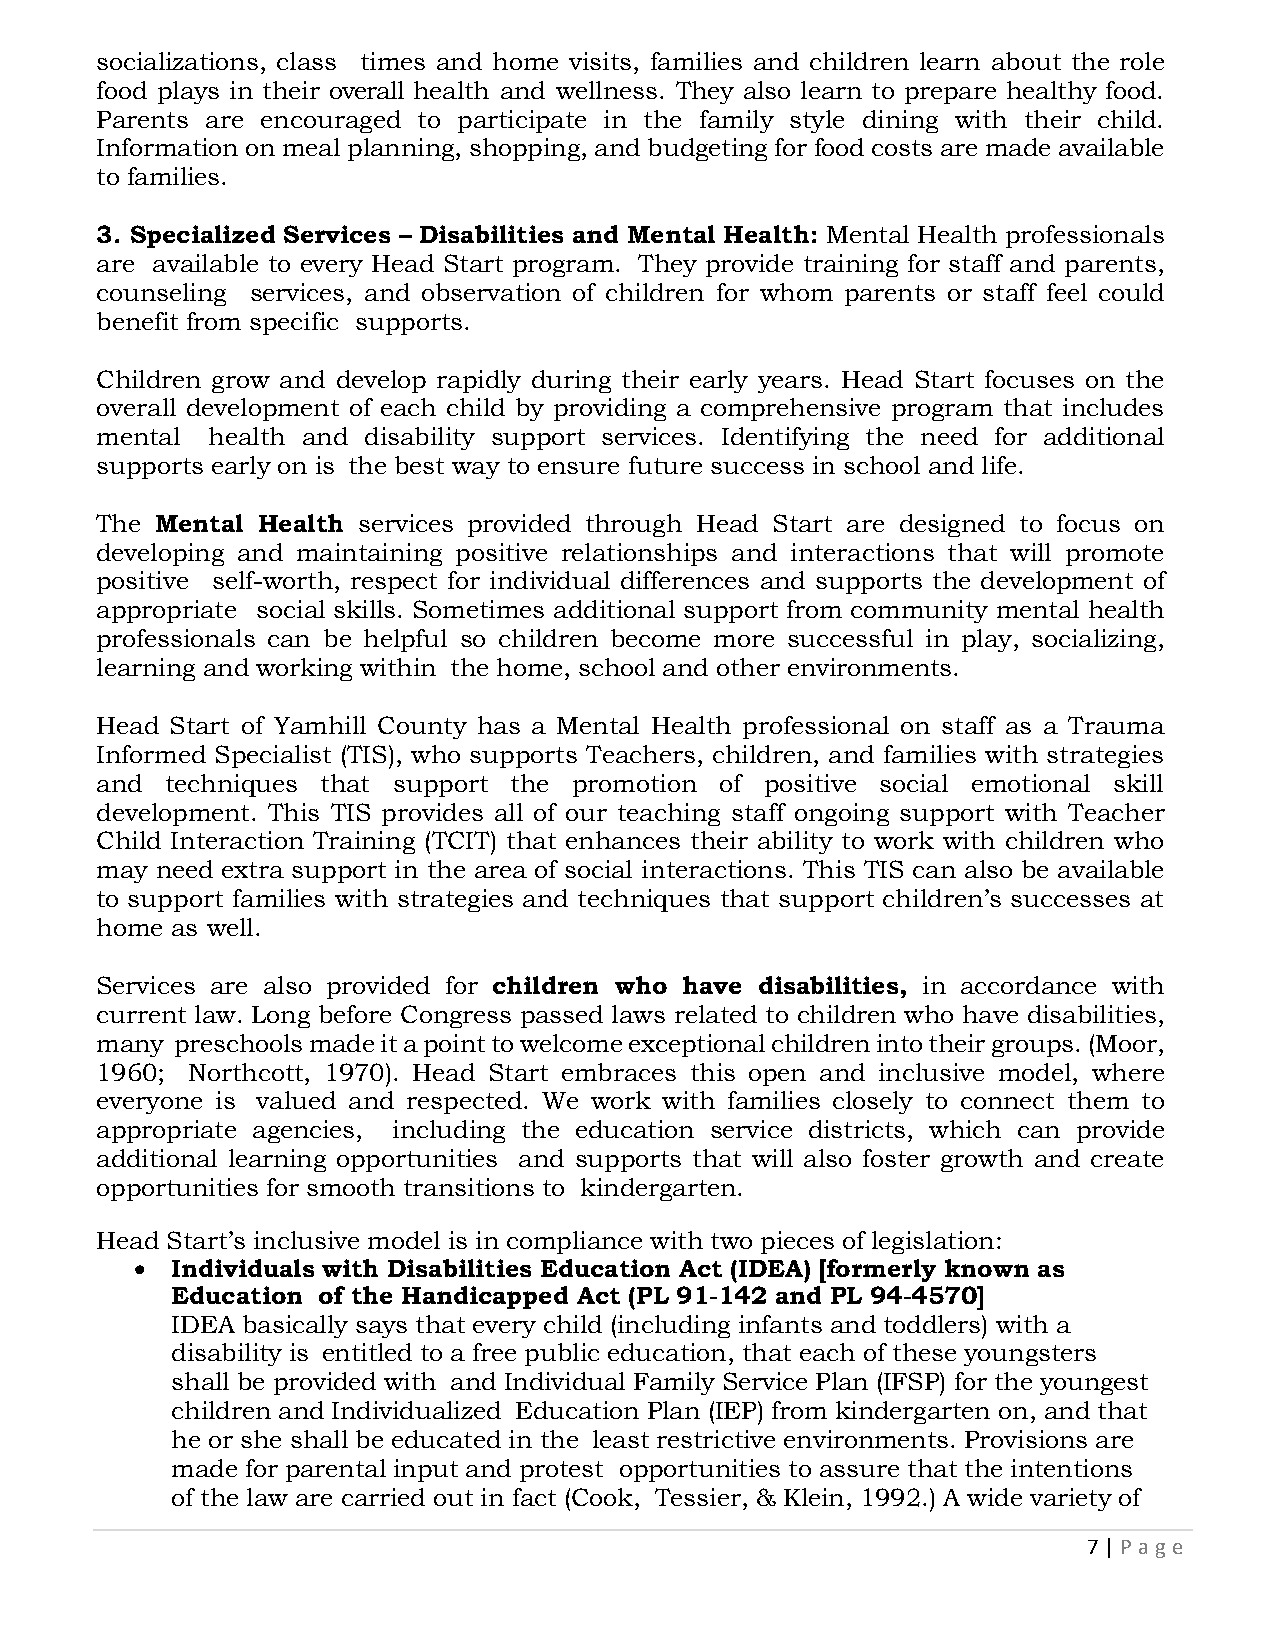
socializations, class times and home visits, families and children learn about the role
 food plays in their overall health and wellness. They also learn to prepare healthy food.
 Parents are encouraged to participate in the family style dining with their child.
 Information on meal planning, shopping, and budgeting for food costs are made available
 to families.
 3. Specialized Services – Disabilities and Mental Health: Mental Health professionals
 are available to every Head Start program. They provide training for staff and parents,
 counseling services, and observation of children for whom parents or staff feel could
 benefit from specific supports.
 Children grow and develop rapidly during their early years. Head Start focuses on the
 overall development of each child by providing a comprehensive program that includes
 mental  health and disability support services. Identifying the need for additional
 supports early on is the best way to ensure future success in school and life.
 The Mental Health services provided through Head Start are designed to focus on
 developing and maintaining positive relationships and interactions that will promote
 positive self-worth, respect for individual differences and supports the development of
 appropriate social skills. Sometimes additional support from community mental health
 professionals can be helpful so children become more successful in play, socializing,
 learning and working within the home, school and other environments.
 Head Start of Yamhill County has a Mental Health professional on staff as a Trauma
 Informed Specialist (TIS), who supports Teachers, children, and families with strategies
 and  techniques that support the promotion of positive social emotional skill
 development. This TIS provides all of our teaching staff ongoing support with Teacher
 Child Interaction Training (TCIT) that enhances their ability to work with children who
 may need extra support in the area of social interactions. This TIS can also be available
 to support families with strategies and techniques that support children’s successes at
 home as well.
 Services are also provided for children who have disabilities, in accordance with
 current law. Long before Congress passed laws related to children who have disabilities,
 many preschools made it a point to welcome exceptional children into their groups. (Moor,
 1960; Northcott, 1970). Head Start embraces this open and inclusive model, where
 everyone is valued and respected. We work with families closely to connect them to
 appropriate agencies, including the education service districts, which can provide
 additional learning opportunities and supports that will also foster growth and create
 opportunities for smooth transitions to kindergarten.
 Head Start’s inclusive model is in compliance with two pieces of legislation:
 • Individuals with Disabilities Education Act (IDEA) [formerly known as
 Education of the Handicapped Act (PL 91-142 and PL 94-4570]
 IDEA basically says that every child (including infants and toddlers) with a
 disability is entitled to a free public education, that each of these youngsters
 shall be provided with and Individual Family Service Plan (IFSP) for the youngest
 children and Individualized Education Plan (IEP) from kindergarten on, and that
 he or she shall be educated in the least restrictive environments. Provisions are
 made for parental input and protest opportunities to assure that the intentions
 of the law are carried out in fact (Cook, Tessier, & Klein, 1992.) A wide variety of
 7 | P age